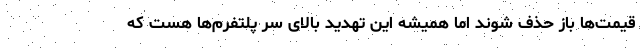
قیمت‌ها باز حذف شوند اما همیشه این تهدید بالای سر پلتفرم‌ها هست که